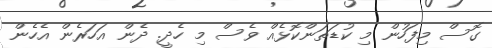
ގޮސް މިފަހުން މި ކުޑަތަންކޮޅެއް ވެސް މި ހެދީ. ދެން އަހަރެން އެހެން